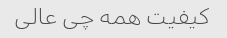
کیفیت همه چی عالی